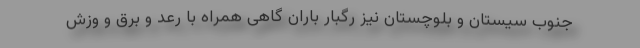
جنوب سیستان و بلوچستان نیز رگبار باران گاهی همراه با رعد و برق و وزش